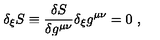
\delta _ { \xi } S \equiv { \frac { \delta S } { \delta g ^ { \mu \nu } } } \delta _ { \xi } g ^ { \mu \nu } = 0 \ ,